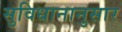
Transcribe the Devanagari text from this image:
सुविधानानुसार